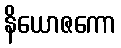
နိယောဇကော